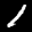
Label: 1